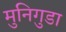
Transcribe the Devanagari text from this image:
मुनिगुडा